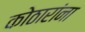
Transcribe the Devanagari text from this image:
कोठारांना